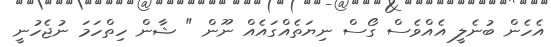
އެހެން ބުނެލީ އެއްވެސް ގޯސް ނިޔަތެއްގައެއް ނޫން " ޝާން ހިތްހަމަ ނުޖެހުނީ